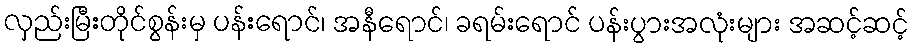
လှည်းမြီးတိုင်စွန်းမှ ပန်းရောင်၊ အနီရောင်၊ ခရမ်းရောင် ပန်းပွားအလုံးများ အဆင့်ဆင့်